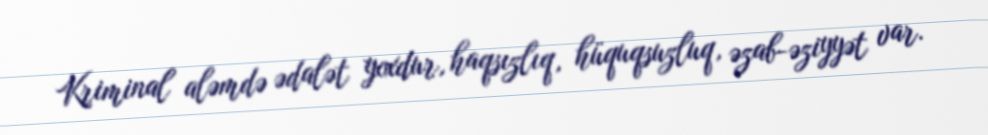
Kriminal aləmdə ədalət yoxdur, haqsızlıq, hüquqsuzluq, əzab-əziyyət var.